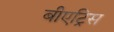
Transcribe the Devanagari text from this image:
बीएट्रिस